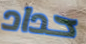
حداد